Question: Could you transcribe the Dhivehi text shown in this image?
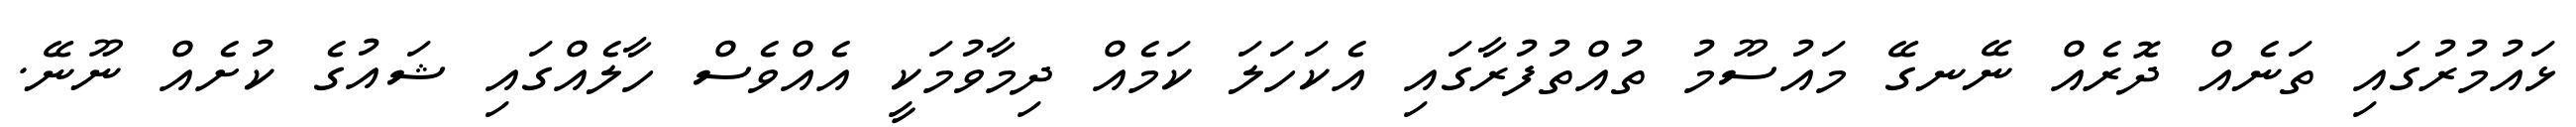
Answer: ޅައުމުރުގައި ތަނެއް ދޮރެއް ނޭނގޭ މައުސޫމު ތުއްތުފުރާގައި އެކަހަލަ ކަމެއް ދިމާވުމަކީ އެއްވެސް ހާލެއްގައި ޝައުގެ ކުށެއް ނޫނޭ.